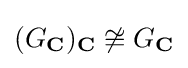
(G_{\mathbf {C} })_{\mathbf {C} }\not \cong G_{\mathbf {C} }